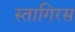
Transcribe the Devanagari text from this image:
स्तागिरस